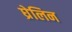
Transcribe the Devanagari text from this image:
घ्रेलिन